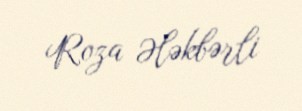
Roza Ələkbərli